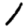
Digit: 1